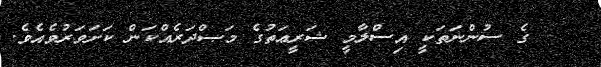
ގެ ސުންނަތަކީ އިސްލާމީ ޝަރީޢަތުގެ މަޞްދަރެއްކަން ކަށަވަރުވެއެވެ.